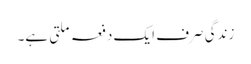
زندگی صرف ایک دفعہ ملتی ہے۔